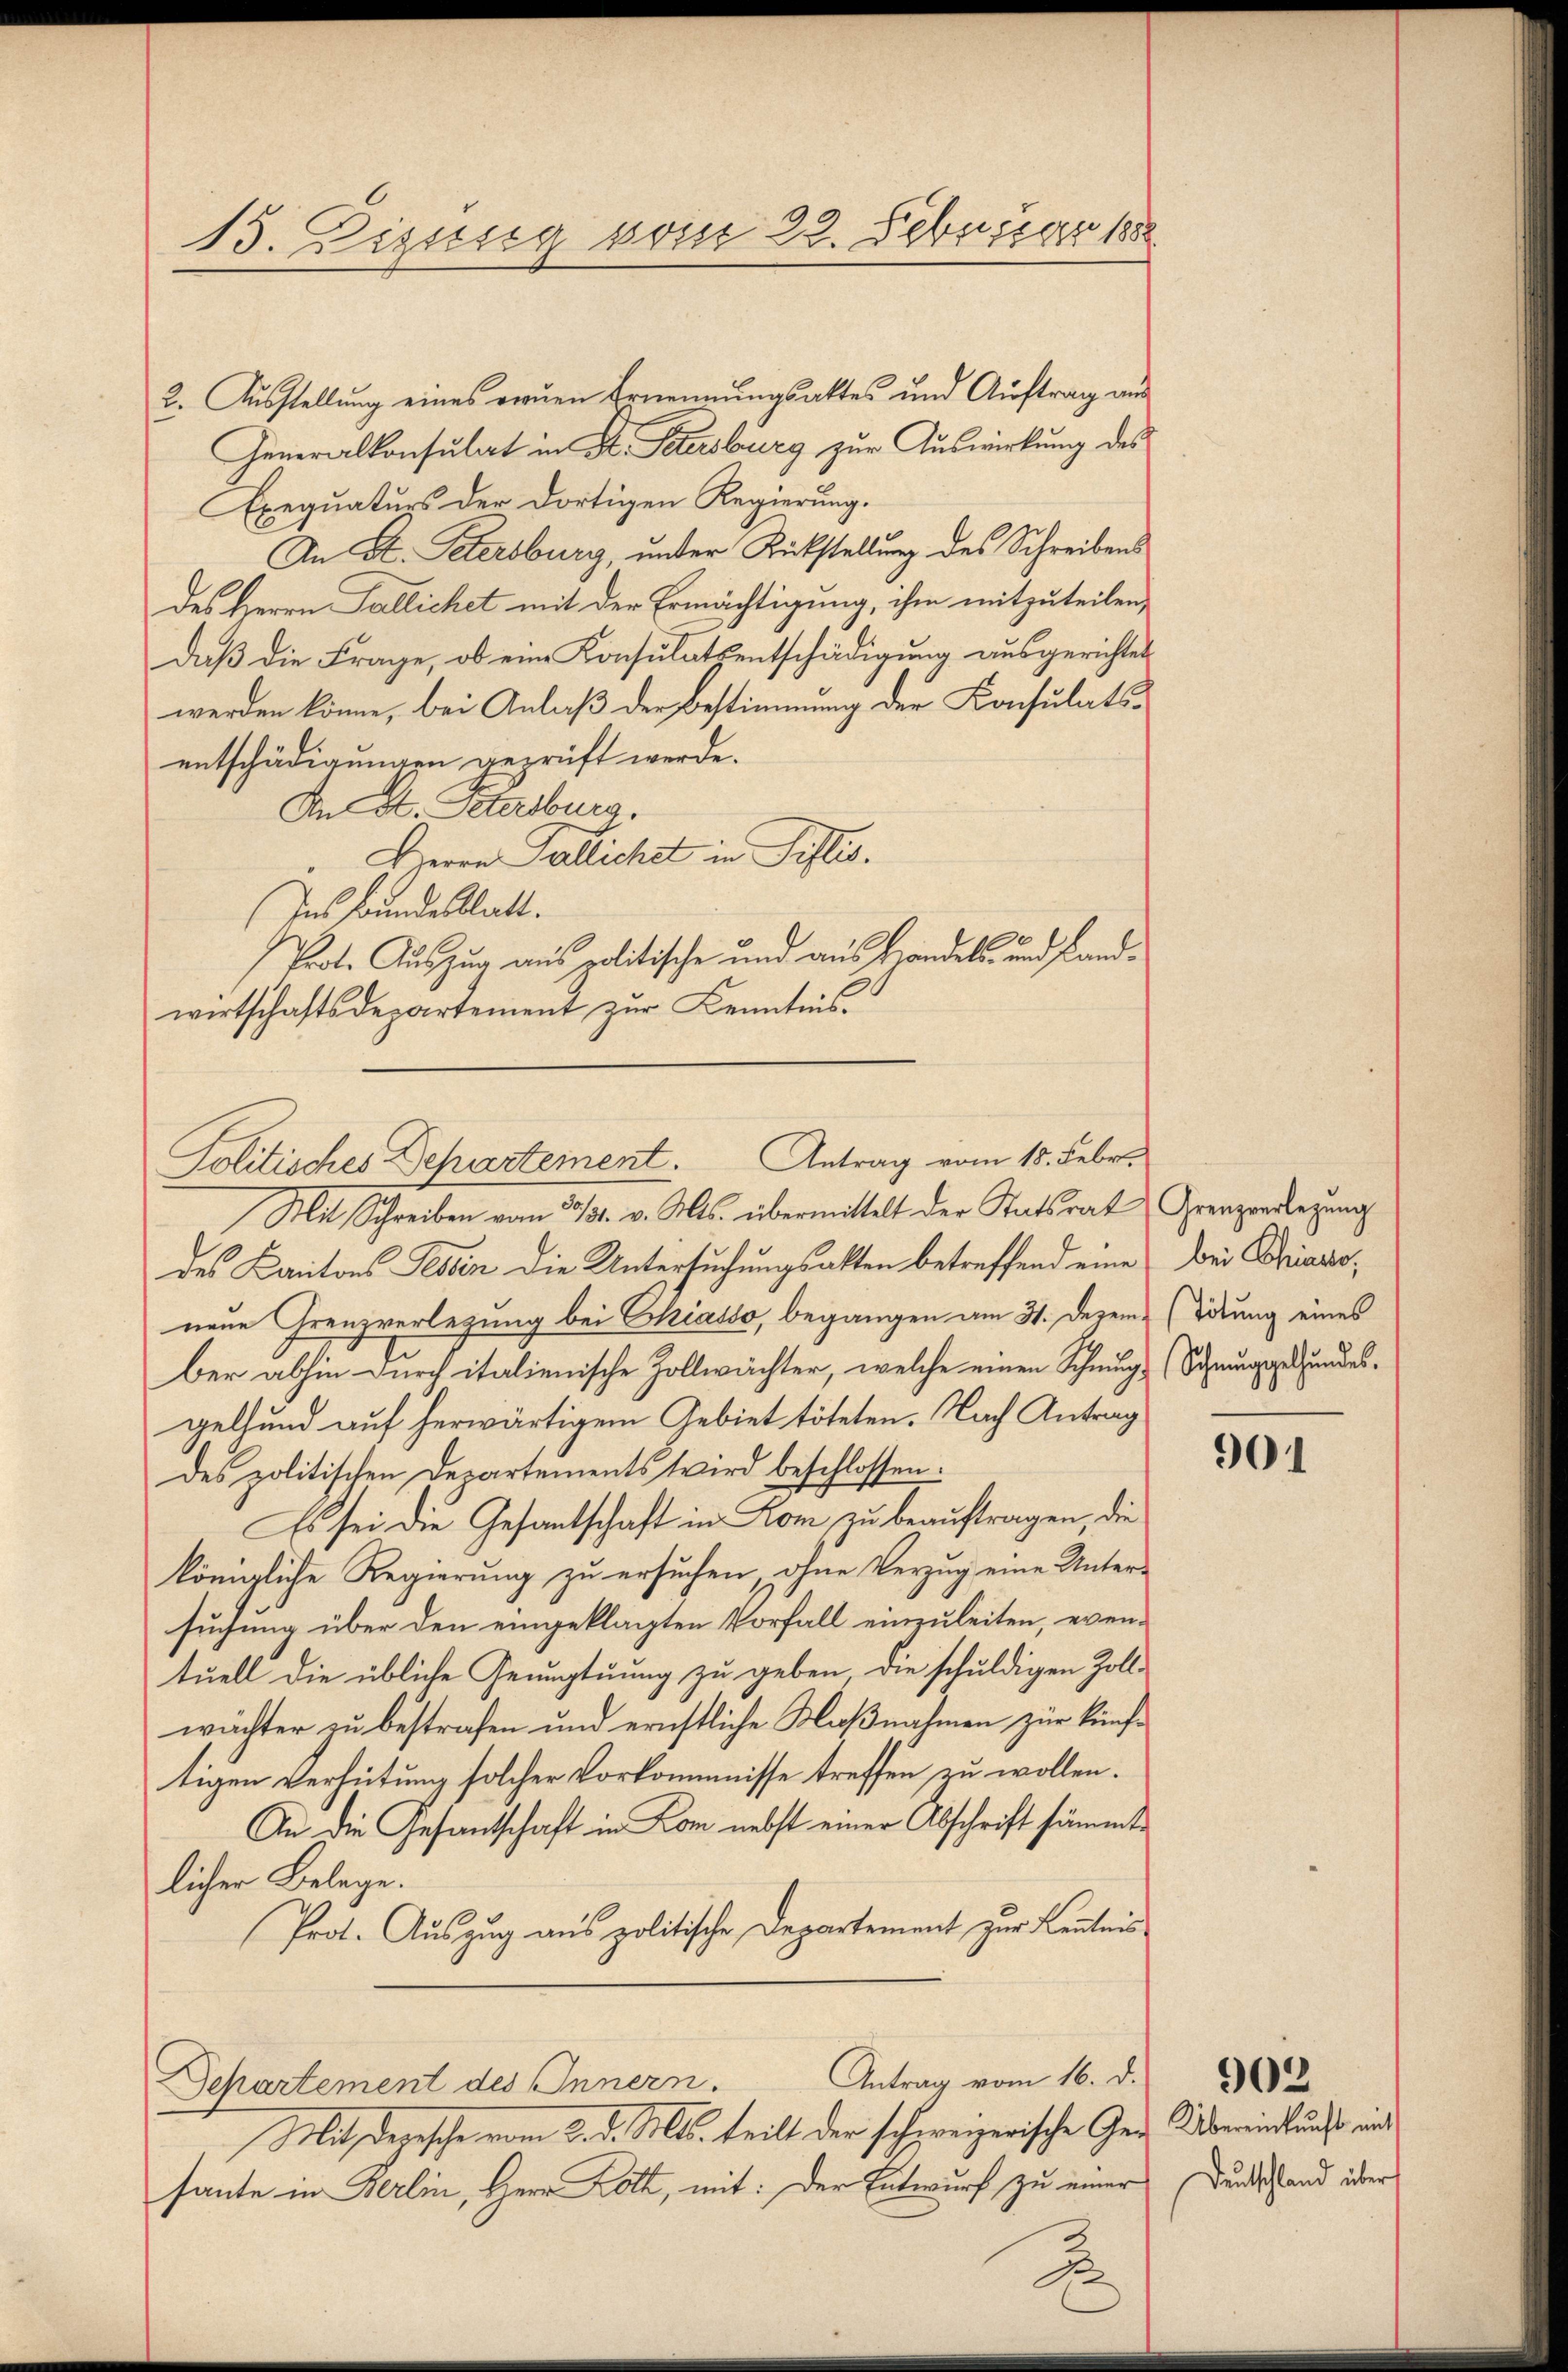
13. Disssig vom 22. Februar 188

2. Ausstellung eines reuen Ernennungsaktes und Auftrag aus
Generalkonsulat in St. Petersburg zur Auswirkung des
Exequaturs der dortigen Regierung.
An St. Petersburg, under Rückstellung des Schreibens
des Herrn Fallichet mit der Ermächtigung, ihm mitzuteilen,
daβ die Frage, ob eine Konsulatsentschädigung ausgerichtet
werden könne, bei Anlaß der Bestimmung der Konsulatsentschädigungen geprüft werde.
An St. Petersburg.
 Herrn Pallichet in Pislis.
Ins Bundesblatt.
Prot. Auszug aus politische und aus Handels- und Landwirtschaftsdepartement zur Kenntnis.
Mit Schreiben vom 23/31. v. Mts. übermittelt der Statsrat Grenzverlegung
des Kantons Tessin die Untersuchungsakten betreffend eine
neue Grenzverlegung bei Chiasso, begangen am 31. Dezem (Titung eines
ber abhin durch italienische Zollwächter, welche einen Schnug (Schwunggebundesgelhund auf herwärtigem Gebiet töteten. Nach Antrag
des politischen Departements wird beschlossen.
Es sei die Gesantschaft in Kom zu beauftragen, die
königliche Regierung zu ersuchen, ohne Verzug eine Unter-
suchung über den eingeklagten Vorfall einzuleiten, eventuell die übliche Genugtuung zu geben die schuldigen Zoll-
wächter zu bestrafen und ernstliche Klaßnahmen zur künftigen Verhütung solcher Vorkommnisse treffen zu wollen.
An die Gesantschaft in Kom nebst einer Abschrift sämmtlicher Belege.
Prot. Auszug aus politische Departement zur Kenntnis

Politisches Departement. Antrag vom 18. Febr.

Mit derische vom 2. d. Mts. teilt der schweizerische Gesante in Berlin, Herr Dott, mit: Der Entwurf zu einer
2

Antrag vom 16. d.
Separtement des Innern.

bei Chiavo,

901

902
Übereinkunft mit
Deutschland über